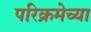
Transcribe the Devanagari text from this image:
परिक्रमेच्या